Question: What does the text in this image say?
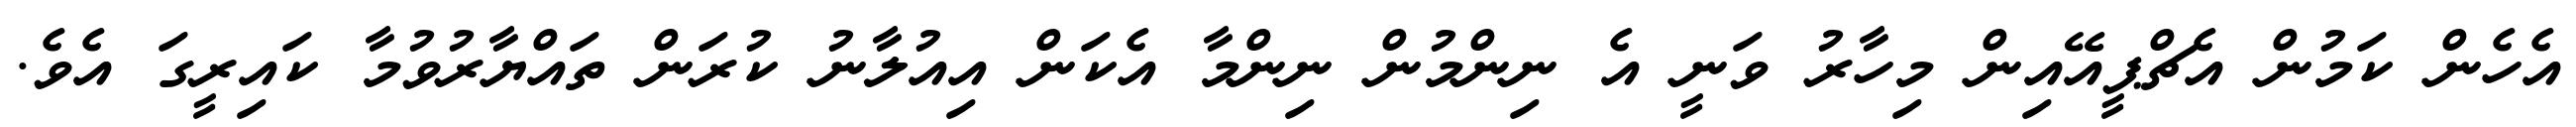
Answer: އެހެން ކަމުން އެޗްޕީއޭއިން މިހާރު ވަނީ އެ ނިންމުން ނިންމާ އެކަން އިއުލާނު ކުރަން ތައްޔާރުވުމާ ކައިރީގަ އެވެ.